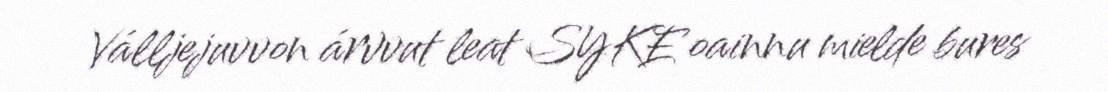
Válljejuvvon árvvut leat SYKE oainnu mielde bures